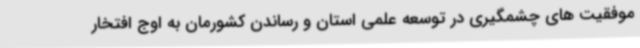
موفقیت های چشمگیری در توسعه علمی استان و رساندن کشورمان به اوج افتخار